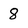
Character: 8